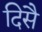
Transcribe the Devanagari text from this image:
दिसै